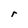
Character: r